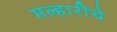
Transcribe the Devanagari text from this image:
मल्हारीचे